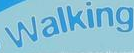
walking